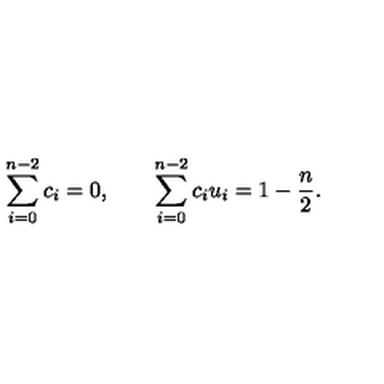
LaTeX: \sum _ { i = 0 } ^ { n - 2 } c _ { i } = 0 , \qquad \sum _ { i = 0 } ^ { n - 2 } c _ { i } u _ { i } = 1 - { \frac { n } { 2 } } .